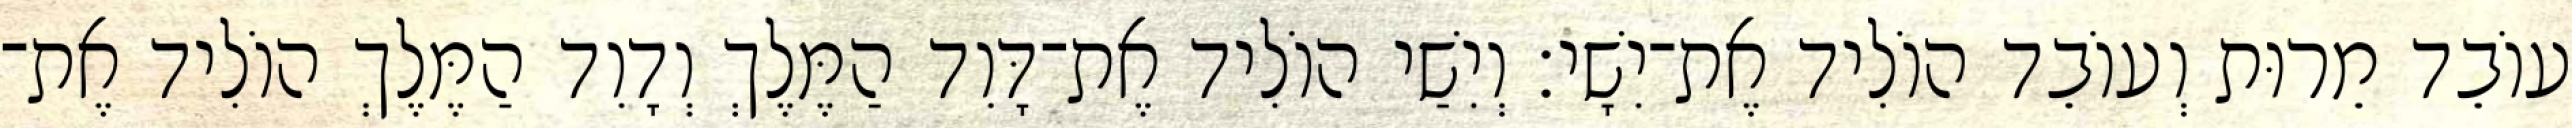
עוֹבֵד מֵרוּת וְעוֹבֵד הוֹלִיד אֶת־יִשָׁי׃ וְיִשַׁי הוֹלִיד אֶת־דָּוִד הַמֶּלֶךְ וְדָוִד הַמֶּלֶךְ הוֹלִיד אֶת־